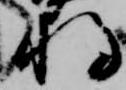
将